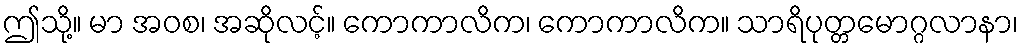
ဤသို့။ မာ အဝစ၊ အဆိုလင့်။ ကောကာလိက၊ ကောကာလိက။ သာရိပုတ္တမောဂ္ဂလာနာ၊